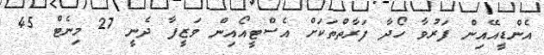
އެންޑީއޭއިން ފަރުވާ ހޯދާ ފަރާތްތަކަށް އެސްޓީއޯއިން ވަޒީފާ ދެނީ 27 މިނެޓް 45